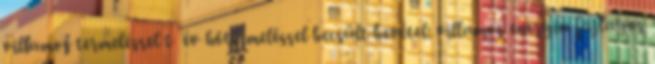
villamos termeléssel t év hőtermeléssel becsült bevétel: villamos energia fajlagos